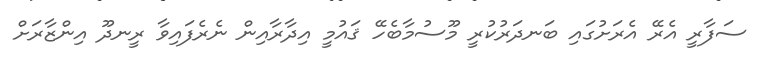
ސަފާރީ އެރޭ އެރަށުގައި ބަނދަރުކުރީ މޫސުމާބެހޭ ޤައުމީ އިދާރާއިން ނެރެފައިިވާ ރީނދޫ އިންޒާރަށް